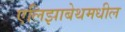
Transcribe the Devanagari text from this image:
एलिझाबेथमधील